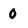
Character: 0